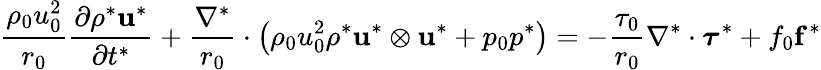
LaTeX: {\frac{\rho_{0}u_{0}^{2}}{r_{0}}}{\frac{\partial\rho^{*}\mathbf{u}^{*}}{\partial t^{*}}}+{\frac{\nabla^{*}}{r_{0}}}\cdot\left(\rho_{0}u_{0}^{2}\rho^{*}\mathbf{u}^{*}\otimes\mathbf{u}^{*}+p_{0}p^{*}\right)=-{\frac{\tau_{0}}{r_{0}}}\nabla^{*}\cdot{\boldsymbol{\tau}}^{*}+f_{0}\mathbf{f}^{*}